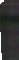
Hos undertecknad finnes till ſalu wackra